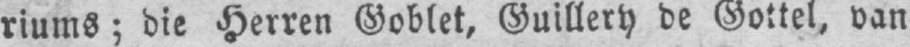
riums; die Herren Goblet, Guillery de Gottel, van